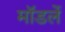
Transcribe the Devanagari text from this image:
मॉडलें